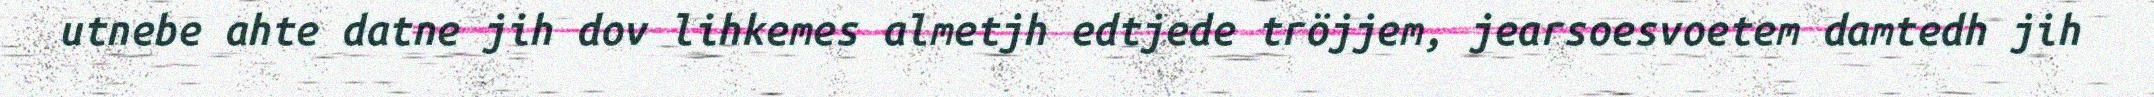
utnebe ahte datne jih dov lihkemes almetjh edtjede tröjjem, jearsoesvoetem damtedh jih